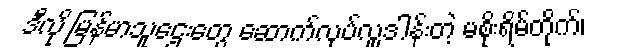
ဒီလို မြန်မာသူဌေးတွေ ဆောက်လုပ်လှူဒါန်းတဲ့ မစိုးရိမ်တိုက်၊